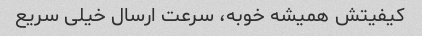
کیفیتش همیشه خوبه، سرعت ارسال خیلى سریع